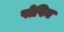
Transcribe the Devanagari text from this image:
पोपिन